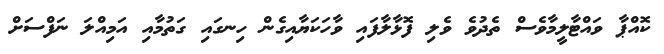
ކޮއްޕާ ވައްޓާލީމާވެސް ތެދުވެ ވެލި ފޮޅާލާފައި ވާހަކަޔާއިގެން ހިނގައި ގަތުމާއި އަމިއްލަ ނަފްސަށް